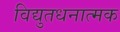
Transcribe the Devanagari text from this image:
विद्युतधनात्मक